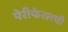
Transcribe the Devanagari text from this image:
पेरीफेरलची